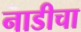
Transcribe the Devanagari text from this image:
नाडीचा